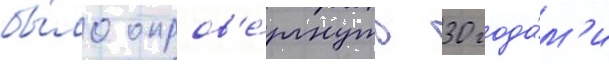
бы́ло опров'е́ргнуто 30 года́м'и